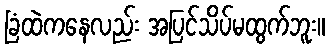
ခြံထဲကနေလည်း အပြင်သိပ်မထွက်ဘူး။